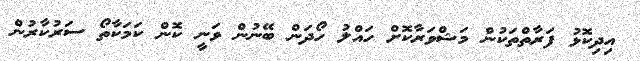
އިދިކޮޅު ފަރާތްތަކުން މަޝްވަރާކޮށް ހައްލު ހޯދަން ބޭނުން ވަނީ ކޮން ކަމަކާތޯ ސަރުކާރުން